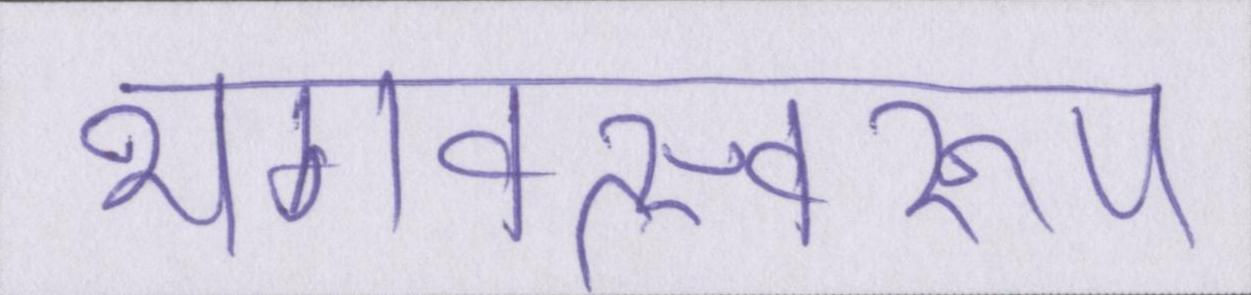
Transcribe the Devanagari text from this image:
भगवत्स्वरूप